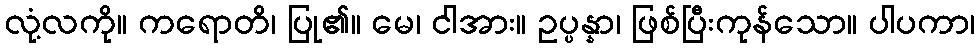
လုံ့လကို။ ကရောတိ၊ ပြု၏။ မေ၊ ငါအား။ ဥပ္ပန္နာ၊ ဖြစ်ပြီးကုန်သော။ ပါပကာ၊